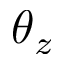
\theta _ { z }